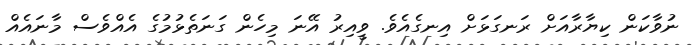
ނުވާކަން ކިޔާރާއަށް ރަނގަޅަށް އިނގެއެވެ. ވީއިރު އޭނަ މިހެން ގަނަތެޅުމުގެ އެއްވެސް މާނައެއް